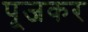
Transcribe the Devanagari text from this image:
पूजकर